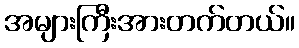
အများကြီးအားတက်တယ်။